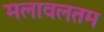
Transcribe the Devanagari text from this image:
मलावलतम